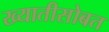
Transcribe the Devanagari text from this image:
ख्यातीसोबत